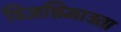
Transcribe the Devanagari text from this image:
विज्ञप्तिमात्रता